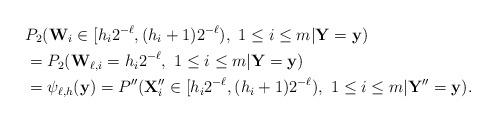
LaTeX: \begin{align*}& P_2(\mathbf W_i\in[h_i2^{-\ell}, (h_i+1)2^{-\ell}), ~1\leq i\leq m|\mathbf Y=\mathbf y)\\&= P_2(\mathbf W_{\ell,i}=h_i2^{-\ell}, ~1\leq i\leq m|\mathbf Y=\mathbf y)\\&= \psi_{\ell,h}(\mathbf y)= P''(\mathbf X''_i\in[h_i2^{-\ell}, (h_i+1)2^{-\ell}), ~1\leq i\leq m|\mathbf Y''=\mathbf y).\end{align*}